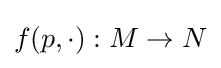
f(p,\cdot ):M\to N